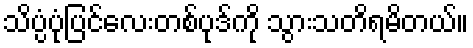
သိပ္ပံပုံပြင်လေးတစ်ပုဒ်ကို သွားသတိရမိတယ်။